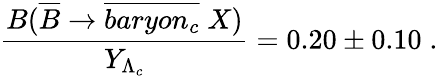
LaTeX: \frac{B(\overline{{B}}\rightarrow\overline{{{baryon_{c}}}}\; X)}{Y_{\Lambda_{c}}}=0.20\pm 0.10\; .